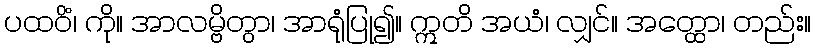
ပထဝိံ၊ ကို။ အာလမ္ဗိတွာ၊ အာရုံပြု၍။ ဣတိ အယံ၊ လျှင်။ အတ္ထော၊ တည်း။